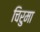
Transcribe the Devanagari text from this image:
चिरुमा